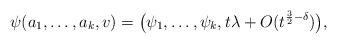
LaTeX: \begin{align*}\psi( a_1, \dots, a_k, v) = \big( \psi_1, \dots, \psi_k, t \lambda + O(t^{\frac{3}{2} - \delta} ) \big), \end{align*}